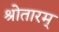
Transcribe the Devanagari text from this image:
श्रोतारम्